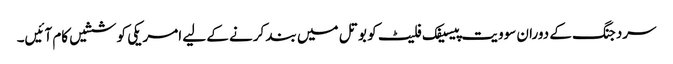
سردجنگ کے دوران سوویت پیسیفک فلیٹ کو بوتل میں بند کرنے کے لیے امریکی کوششیں کام آئیں۔